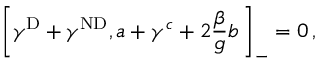
\left[ \gamma ^ { \mathrm { D } } + { \gamma } ^ { \mathrm { N D } } , a + \gamma ^ { c } + 2 \frac { \beta } { g } b \, \right] _ { - } = 0 \, ,